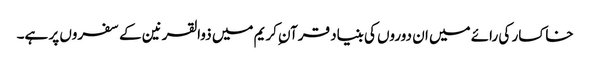
خاکسار کی رائے میں ان دوروں کی بنیاد قرآن ِکریم میں ذوالقرنین کے سفروں پر ہے۔